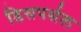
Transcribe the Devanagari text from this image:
डिसपर्सल